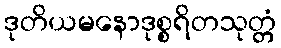
ဒုတိယမနောဒုစ္စရိတသုတ္တံ